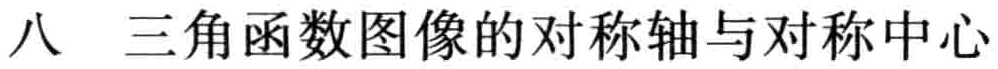
八 三角函数图像的对称轴与对称中心